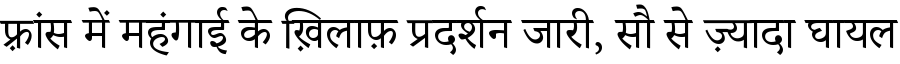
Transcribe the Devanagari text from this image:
फ़्रांस में महंगाई के ख़िलाफ़ प्रदर्शन जारी, सौ से ज़्यादा घायल